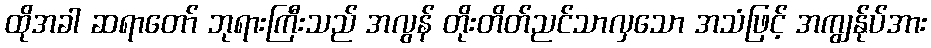
ထိုအခါ ဆရာတော် ဘုရားကြီးသည် အလွန် တိုးတိတ်ညင်သာလှသော အသံဖြင့် အကျွန်ုပ်အား